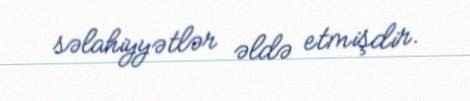
səlahiyyətlər əldə etmişdir.